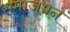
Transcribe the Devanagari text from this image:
समाजमन